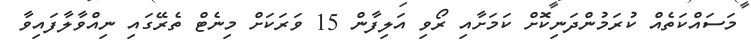
މަސައްކަތެއް ކުރަމުންދަނިކޮށް ކަމަށާއި ރޯވި އަލިފާން 15 ވަރަކަށް މިނެޓް ތެރޭގައި ނިއްވާލާފައިވާ